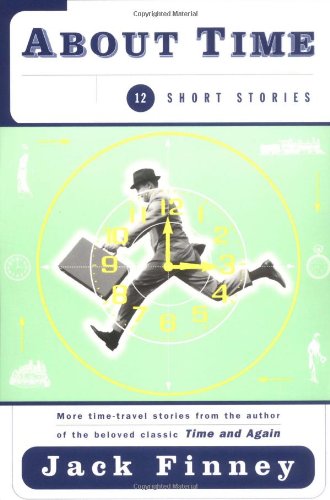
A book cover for About Time: 12 Short Stories; Jack Finney; Science Fiction & Fantasy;